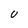
Character: U